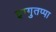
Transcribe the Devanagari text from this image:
इग्गुतप्पा